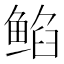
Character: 𱇻